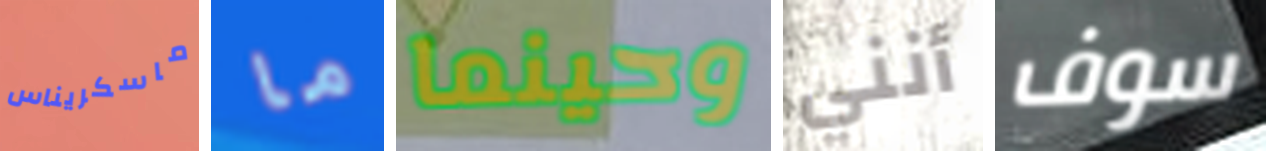
ماسكريناس ما وحينما أنني سوف